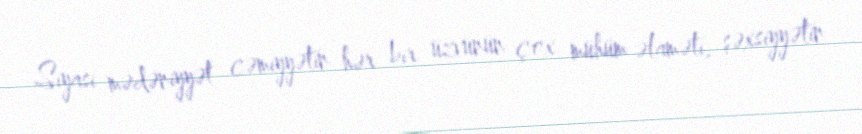
Siyasi mədəniyyət cəmiyyətin hər bir üzvünün çox mühüm əlaməti, şəxsiyyətin